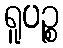
ရူပဉ္စ